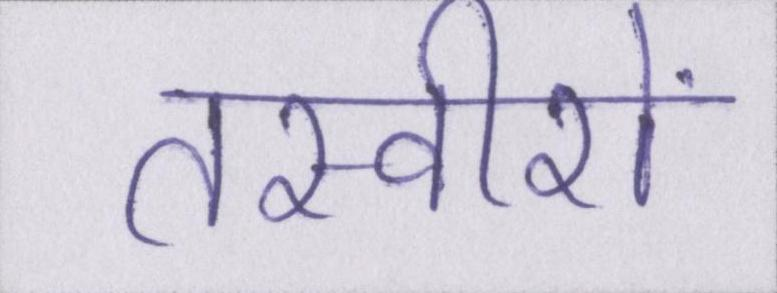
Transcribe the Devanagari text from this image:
तस्वीरों